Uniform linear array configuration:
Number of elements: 8
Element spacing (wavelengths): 0.25
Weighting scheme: hann
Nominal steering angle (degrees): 45
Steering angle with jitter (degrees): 44.117
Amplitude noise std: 0.05
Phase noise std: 0.05

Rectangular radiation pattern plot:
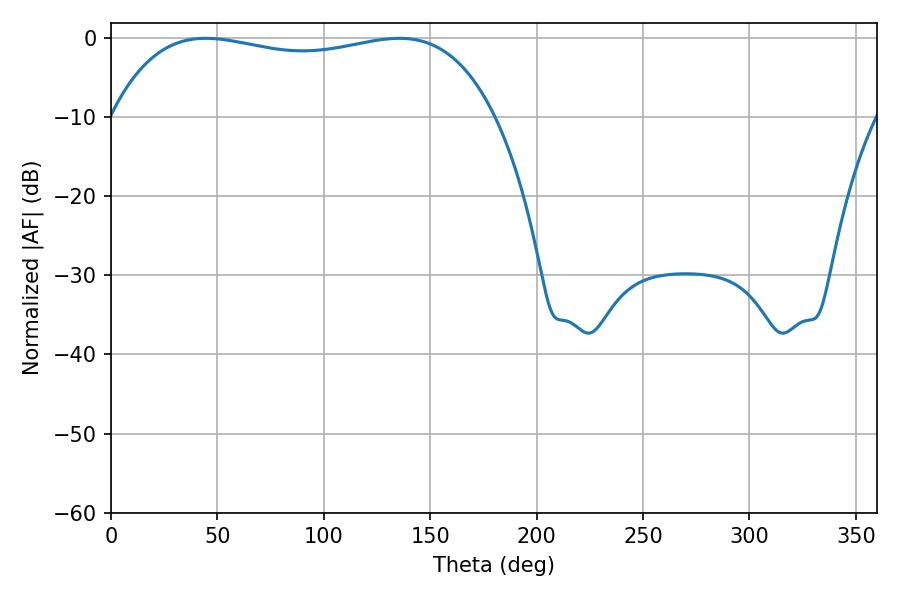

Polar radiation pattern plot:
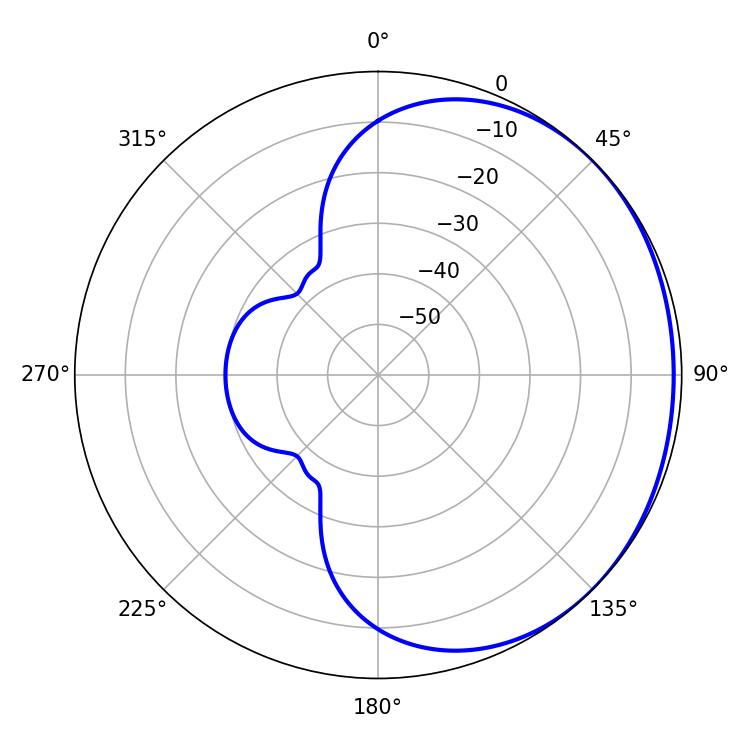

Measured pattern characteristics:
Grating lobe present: FALSE
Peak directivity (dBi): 0.9212
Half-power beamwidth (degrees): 145.44
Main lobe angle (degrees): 44.46